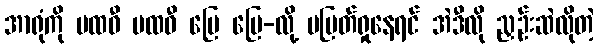
အာရုံကို ပထဝီ ပထဝီ မြေ မြေ-လို့ မပြတ်ရှုနေရင် အဲဒီလို ညှဉ်းဆဲလိုတဲ့